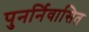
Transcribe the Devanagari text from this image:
पुनर्निवासित